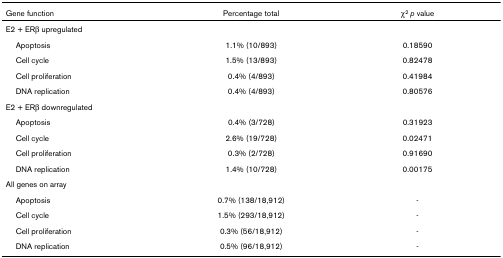
| Gene function | Percentage total | χ2 p value |
 | --- | --- | --- |
 | E2 + ERβ upregulated |  |  |
 | Apoptosis | 1.1% (10/893) | 0.18590 |
 | Cell cycle | 1.5% (13/893) | 0.82478 |
 | Cell proliferation | 0.4% (4/893) | 0.41984 |
 | DNA replication | 0.4% (4/893) | 0.80576 |
 | E2 + ERβ downregulated |  |  |
 | Apoptosis | 0.4% (3/728) | 0.31923 |
 | Cell cycle | 2.6% (19/728) | 0.02471 |
 | Cell proliferation | 0.3% (2/728) | 0.91690 |
 | DNA replication | 1.4% (10/728) | 0.00175 |
 | All genes on array |  |  |
 | Apoptosis | 0.7% (138/18,912) | - |
 | Cell cycle | 1.5% (293/18,912) | - |
 | Cell proliferation | 0.3% (56/18,912) | - |
 | DNA replication | 0.5% (96/18,912) | - |